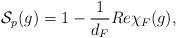
LaTeX: \begin{align*}{\cal S}_{p}(g) = 1 - \frac{1}{d_F} Re \chi_F (g),\end{align*}